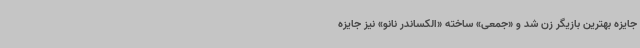
جایزه بهترین بازیگر زن شد و «جمعی» ساخته «الکساندر نانو» نیز جایزه